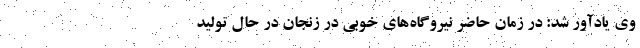
وی یادآور شد: در زمان حاضر نیروگاه‌های خوبی در زنجان در حال تولید